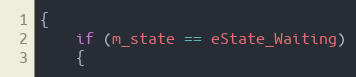
Language: C++
{
	if (m_state == eState_Waiting)
	{